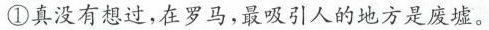
①真没有想过，在罗马，最吸引人的地方是废墟。